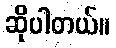
ဆိုပါတယ်။